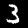
Label: 3